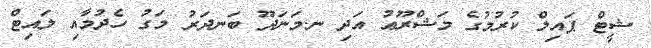
ޝީޓް ޕައިލް ކުރުމުގެ މަޝްރޫޢު އަދި ނ.މަނަދޫ ބަނދަރު މަގު ހެދުމާއި ލައިޓް